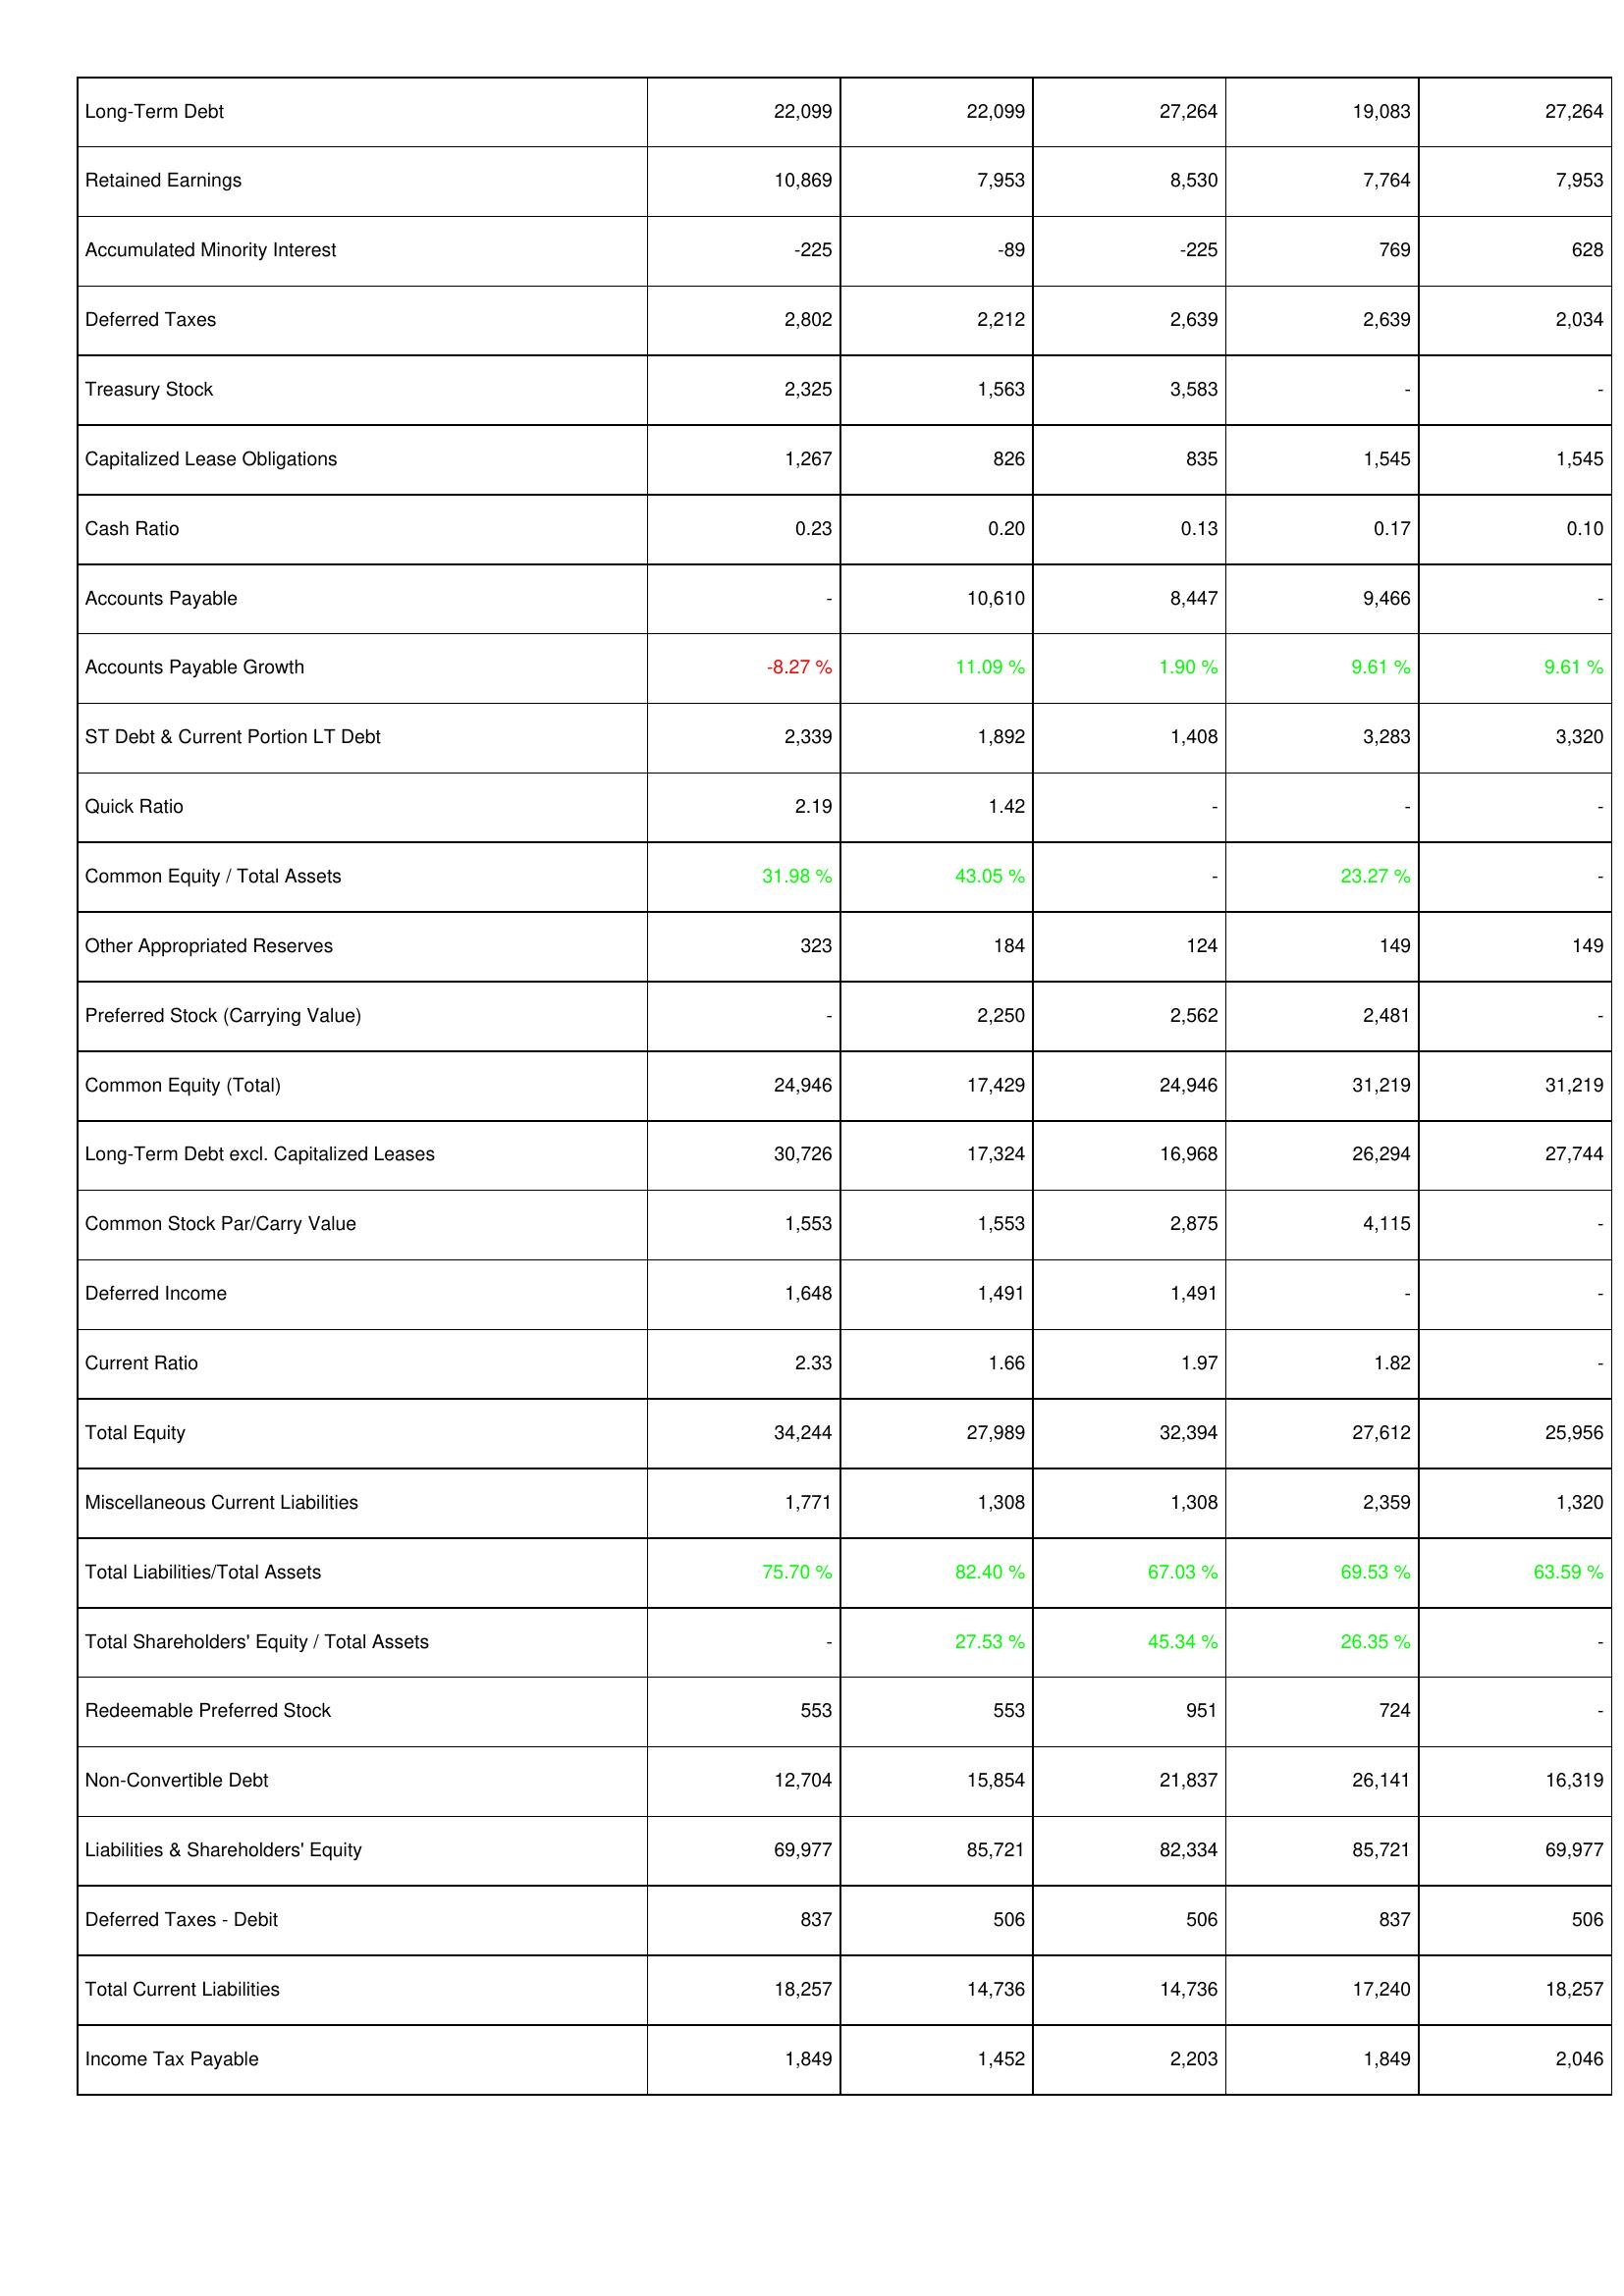
2022: Liabilities & Shareholders' Equity: Long-Term Debt: 22,099
Retained Earnings: 10,869
Accumulated Minority Interest: -225
Deferred Taxes: 2,802
Treasury Stock: 2,325
Capitalized Lease Obligations: 1,267
Cash Ratio: 0.23
Accounts Payable: -
Accounts Payable Growth: -8.27 %
ST Debt & Current Portion LT Debt: 2,339
Quick Ratio: 2.19
Common Equity / Total Assets: 31.98 %
Other Appropriated Reserves: 323
Preferred Stock (Carrying Value): -
Common Equity (Total): 24,946
Long-Term Debt excl. Capitalized Leases: 30,726
Common Stock Par/Carry Value: 1,553
Deferred Income: 1,648
Current Ratio: 2.33
Total Equity: 34,244
Miscellaneous Current Liabilities: 1,771
Total Liabilities/Total Assets: 75.70 %
Total Shareholders' Equity / Total Assets: -
Redeemable Preferred Stock: 553
Non-Convertible Debt: 12,704
Liabilities & Shareholders' Equity: 69,977
Deferred Taxes - Debit: 837
Total Current Liabilities: 18,257
Income Tax Payable: 1,849
2023: Liabilities & Shareholders' Equity: Long-Term Debt: 22,099
Retained Earnings: 7,953
Accumulated Minority Interest: -89
Deferred Taxes: 2,212
Treasury Stock: 1,563
Capitalized Lease Obligations: 826
Cash Ratio: 0.20
Accounts Payable: 10,610
Accounts Payable Growth: 11.09 %
ST Debt & Current Portion LT Debt: 1,892
Quick Ratio: 1.42
Common Equity / Total Assets: 43.05 %
Other Appropriated Reserves: 184
Preferred Stock (Carrying Value): 2,250
Common Equity (Total): 17,429
Long-Term Debt excl. Capitalized Leases: 17,324
Common Stock Par/Carry Value: 1,553
Deferred Income: 1,491
Current Ratio: 1.66
Total Equity: 27,989
Miscellaneous Current Liabilities: 1,308
Total Liabilities/Total Assets: 82.40 %
Total Shareholders' Equity / Total Assets: 27.53 %
Redeemable Preferred Stock: 553
Non-Convertible Debt: 15,854
Liabilities & Shareholders' Equity: 85,721
Deferred Taxes - Debit: 506
Total Current Liabilities: 14,736
Income Tax Payable: 1,452
2024: Liabilities & Shareholders' Equity: Long-Term Debt: 27,264
Retained Earnings: 8,530
Accumulated Minority Interest: -225
Deferred Taxes: 2,639
Treasury Stock: 3,583
Capitalized Lease Obligations: 835
Cash Ratio: 0.13
Accounts Payable: 8,447
Accounts Payable Growth: 1.90 %
ST Debt & Current Portion LT Debt: 1,408
Quick Ratio: -
Common Equity / Total Assets: -
Other Appropriated Reserves: 124
Preferred Stock (Carrying Value): 2,562
Common Equity (Total): 24,946
Long-Term Debt excl. Capitalized Leases: 16,968
Common Stock Par/Carry Value: 2,875
Deferred Income: 1,491
Current Ratio: 1.97
Total Equity: 32,394
Miscellaneous Current Liabilities: 1,308
Total Liabilities/Total Assets: 67.03 %
Total Shareholders' Equity / Total Assets: 45.34 %
Redeemable Preferred Stock: 951
Non-Convertible Debt: 21,837
Liabilities & Shareholders' Equity: 82,334
Deferred Taxes - Debit: 506
Total Current Liabilities: 14,736
Income Tax Payable: 2,203
2025: Liabilities & Shareholders' Equity: Long-Term Debt: 19,083
Retained Earnings: 7,764
Accumulated Minority Interest: 769
Deferred Taxes: 2,639
Treasury Stock: -
Capitalized Lease Obligations: 1,545
Cash Ratio: 0.17
Accounts Payable: 9,466
Accounts Payable Growth: 9.61 %
ST Debt & Current Portion LT Debt: 3,283
Quick Ratio: -
Common Equity / Total Assets: 23.27 %
Other Appropriated Reserves: 149
Preferred Stock (Carrying Value): 2,481
Common Equity (Total): 31,219
Long-Term Debt excl. Capitalized Leases: 26,294
Common Stock Par/Carry Value: 4,115
Deferred Income: -
Current Ratio: 1.82
Total Equity: 27,612
Miscellaneous Current Liabilities: 2,359
Total Liabilities/Total Assets: 69.53 %
Total Shareholders' Equity / Total Assets: 26.35 %
Redeemable Preferred Stock: 724
Non-Convertible Debt: 26,141
Liabilities & Shareholders' Equity: 85,721
Deferred Taxes - Debit: 837
Total Current Liabilities: 17,240
Income Tax Payable: 1,849
2026: Liabilities & Shareholders' Equity: Long-Term Debt: 27,264
Retained Earnings: 7,953
Accumulated Minority Interest: 628
Deferred Taxes: 2,034
Treasury Stock: -
Capitalized Lease Obligations: 1,545
Cash Ratio: 0.10
Accounts Payable: -
Accounts Payable Growth: 9.61 %
ST Debt & Current Portion LT Debt: 3,320
Quick Ratio: -
Common Equity / Total Assets: -
Other Appropriated Reserves: 149
Preferred Stock (Carrying Value): -
Common Equity (Total): 31,219
Long-Term Debt excl. Capitalized Leases: 27,744
Common Stock Par/Carry Value: -
Deferred Income: -
Current Ratio: -
Total Equity: 25,956
Miscellaneous Current Liabilities: 1,320
Total Liabilities/Total Assets: 63.59 %
Total Shareholders' Equity / Total Assets: -
Redeemable Preferred Stock: -
Non-Convertible Debt: 16,319
Liabilities & Shareholders' Equity: 69,977
Deferred Taxes - Debit: 506
Total Current Liabilities: 18,257
Income Tax Payable: 2,046